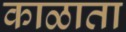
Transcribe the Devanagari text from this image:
काळाता